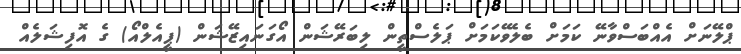
ޕްލޭނަށް އެއްބަސްވާނޭ ކަމަށް ބެލެވޭކަމަށް ޕަލެސްތީން ލިބަރޭޝަން އޯގަނައިޒޭޝަން (ޕީއެލްއޯ) ގެ އޮފިޝަލެއް